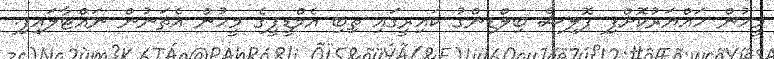
މީހުން ހައްޔަރުކޮށްފި ޕޮލިސް ބިލްޑިންގު ކައިރީގައި ތިބި އެމްޑީޕީގެ މީހުން އެތަނުން ނައްޓާލައިފި.